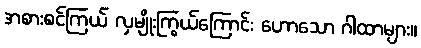
အစားစင်ကြယ် လှမျိုးကြွယ်ကြောင်း ဟောသော ဂါထာများ။